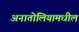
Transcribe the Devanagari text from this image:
अनातोलियामधील